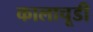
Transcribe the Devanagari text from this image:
कालाचूडी